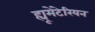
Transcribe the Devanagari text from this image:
ह्यूमेंटेरियन